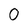
Character: 0